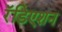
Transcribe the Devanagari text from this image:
रॅडिएशन